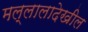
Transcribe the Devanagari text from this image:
मल्लालादेखील